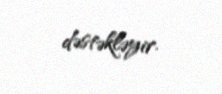
dəstəkləyir.